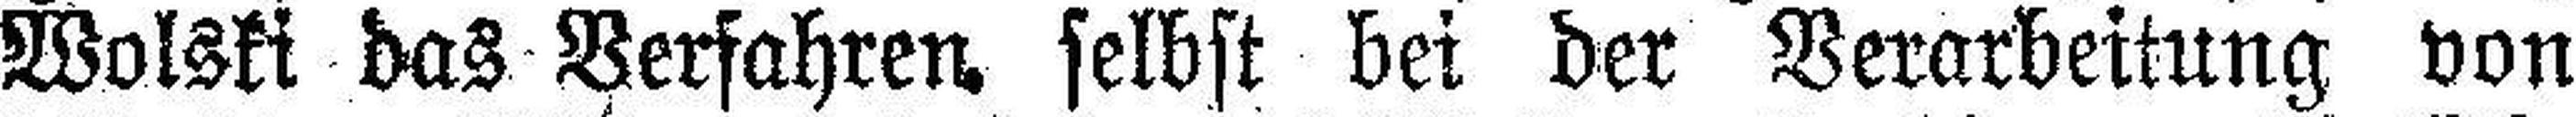
Wolski das Verfahren, selbst bei der Verarbeitung von